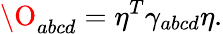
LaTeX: \O_{abcd}=\eta^{T}\gamma_{abcd}\eta.